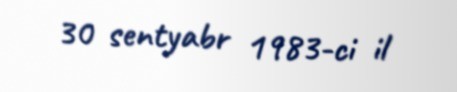
30 sentyabr 1983-ci il